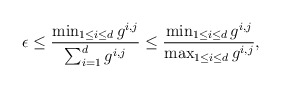
\begin{align*}\epsilon \leq \frac{ \min_{1 \leq i \leq d} g^{i,j} }{ \sum_{i=1}^d g^{i,j} } \leq \frac{ \min_{1 \leq i \leq d} g^{i,j} }{ \max_{1 \leq i \leq d} g^{i,j} }, \end{align*}